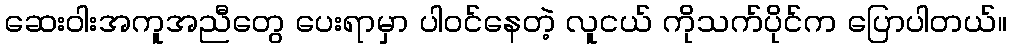
ဆေးဝါးအကူအညီတွေ ပေးရာမှာ ပါဝင်နေတဲ့ လူငယ် ကိုသက်ပိုင်က ပြောပါတယ်။